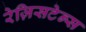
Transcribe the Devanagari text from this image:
रेज़िसटेन्स